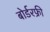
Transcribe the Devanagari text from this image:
बोर्डरफ्री